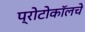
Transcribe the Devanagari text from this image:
प्रोटोकॉलचे